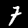
Label: 7